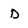
Character: D